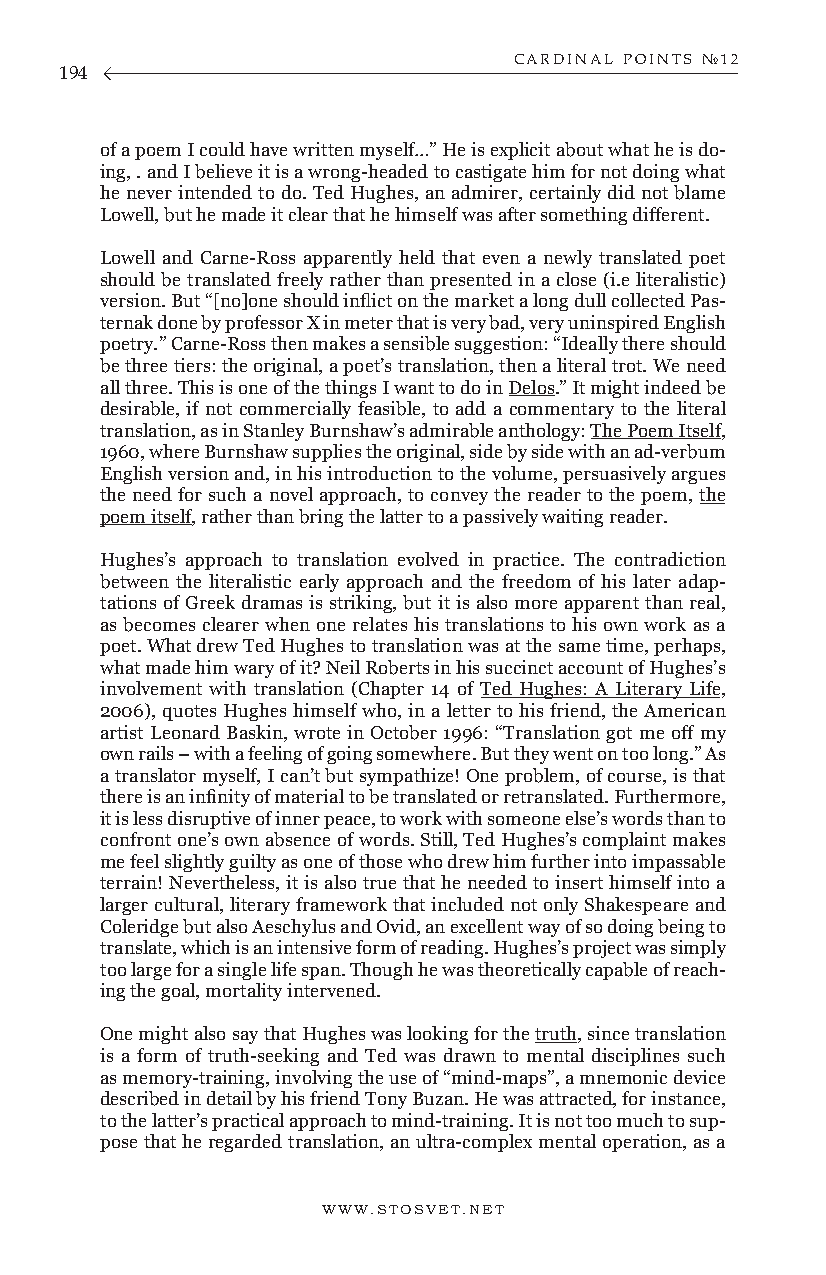
CARDINAL POINTS №12
 194
 of a poem I could have written myself…” He is explicit about what he is do-
 ing, . and I believe it is a wrong-headed to castigate him for not doing what
 he never intended to do. Ted Hughes, an admirer, certainly did not blame
 Lowell, but he made it clear that he himself was after something different.
 Lowell and Carne-Ross apparently held that even a newly translated poet
 should be translated freely rather than presented in a close (i.e literalistic)
 version. But “[no]one should inflict on the market a long dull collected Pas-
 ternak done by professor X in meter that is very bad, very uninspired English
 poetry.” Carne-Ross then makes a sensible suggestion: “Ideally there should
 be three tiers: the original, a poet’s translation, then a literal trot. We need
 all three. This is one of the things I want to do in Delos.” It might indeed be
 desirable, if not commercially feasible, to add a commentary to the literal
 translation, as in Stanley Burnshaw’s admirable anthology: The Poem Itself,
 1960, where Burnshaw supplies the original, side by side with an ad-verbum
 English version and, in his introduction to the volume, persuasively argues
 the need for such a novel approach, to convey the reader to the poem, the
 poem itself, rather than bring the latter to a passively waiting reader.
 Hughes’s approach to translation evolved in practice. The contradiction
 between the literalistic early approach and the freedom of his later adap-
 tations of Greek dramas is striking, but it is also more apparent than real,
 as becomes clearer when one relates his translations to his own work as a
 poet. What drew Ted Hughes to translation was at the same time, perhaps,
 what made him wary of it? Neil Roberts in his succinct account of Hughes’s
 involvement with translation (Chapter 14 of Ted Hughes: A Literary Life,
 2006), quotes Hughes himself who, in a letter to his friend, the American
 artist Leonard Baskin, wrote in October 1996: “Translation got me off my
 own rails – with a feeling of going somewhere. But they went on too long.” As
 a translator myself, I can’t but sympathize! One problem, of course, is that
 there is an infinity of material to be translated or retranslated. Furthermore,
 it is less disruptive of inner peace, to work with someone else’s words than to
 confront one’s own absence of words. Still, Ted Hughes’s complaint makes
 me feel slightly guilty as one of those who drew him further into impassable
 terrain! Nevertheless, it is also true that he needed to insert himself into a
 larger cultural, literary framework that included not only Shakespeare and
 Coleridge but also Aeschylus and Ovid, an excellent way of so doing being to
 translate, which is an intensive form of reading. Hughes’s project was simply
 too large for a single life span. Though he was theoretically capable of reach-
 ing the goal, mortality intervened.
 One might also say that Hughes was looking for the truth, since translation
 is a form of truth-seeking and Ted was drawn to mental disciplines such
 as memory-training, involving the use of “mind-maps”, a mnemonic device
 described in detail by his friend Tony Buzan. He was attracted, for instance,
 to the latter’s practical approach to mind-training. It is not too much to sup-
 pose that he regarded translation, an ultra-complex mental operation, as a
 WWW.STOSVET.NET                                        WWW.STOSVET.NET